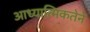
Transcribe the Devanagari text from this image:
आध्यात्मिकतेने